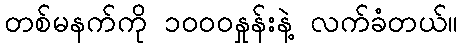
တစ်မနက်ကို ၁၀၀၀နှုန်းနဲ့ လက်ခံတယ်။